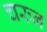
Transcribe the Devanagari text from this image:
चरुन